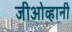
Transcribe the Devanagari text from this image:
जीओव्हानी